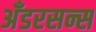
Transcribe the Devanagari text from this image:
अँडरसन्स